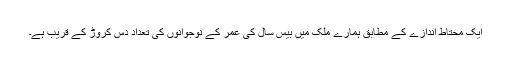
ایک محتاط اندازے کے مطابق ہمارے ملک میں بیس سال کی عمر کے نوجوانوں کی تعداد دس کروڑ کے قریب ہے۔